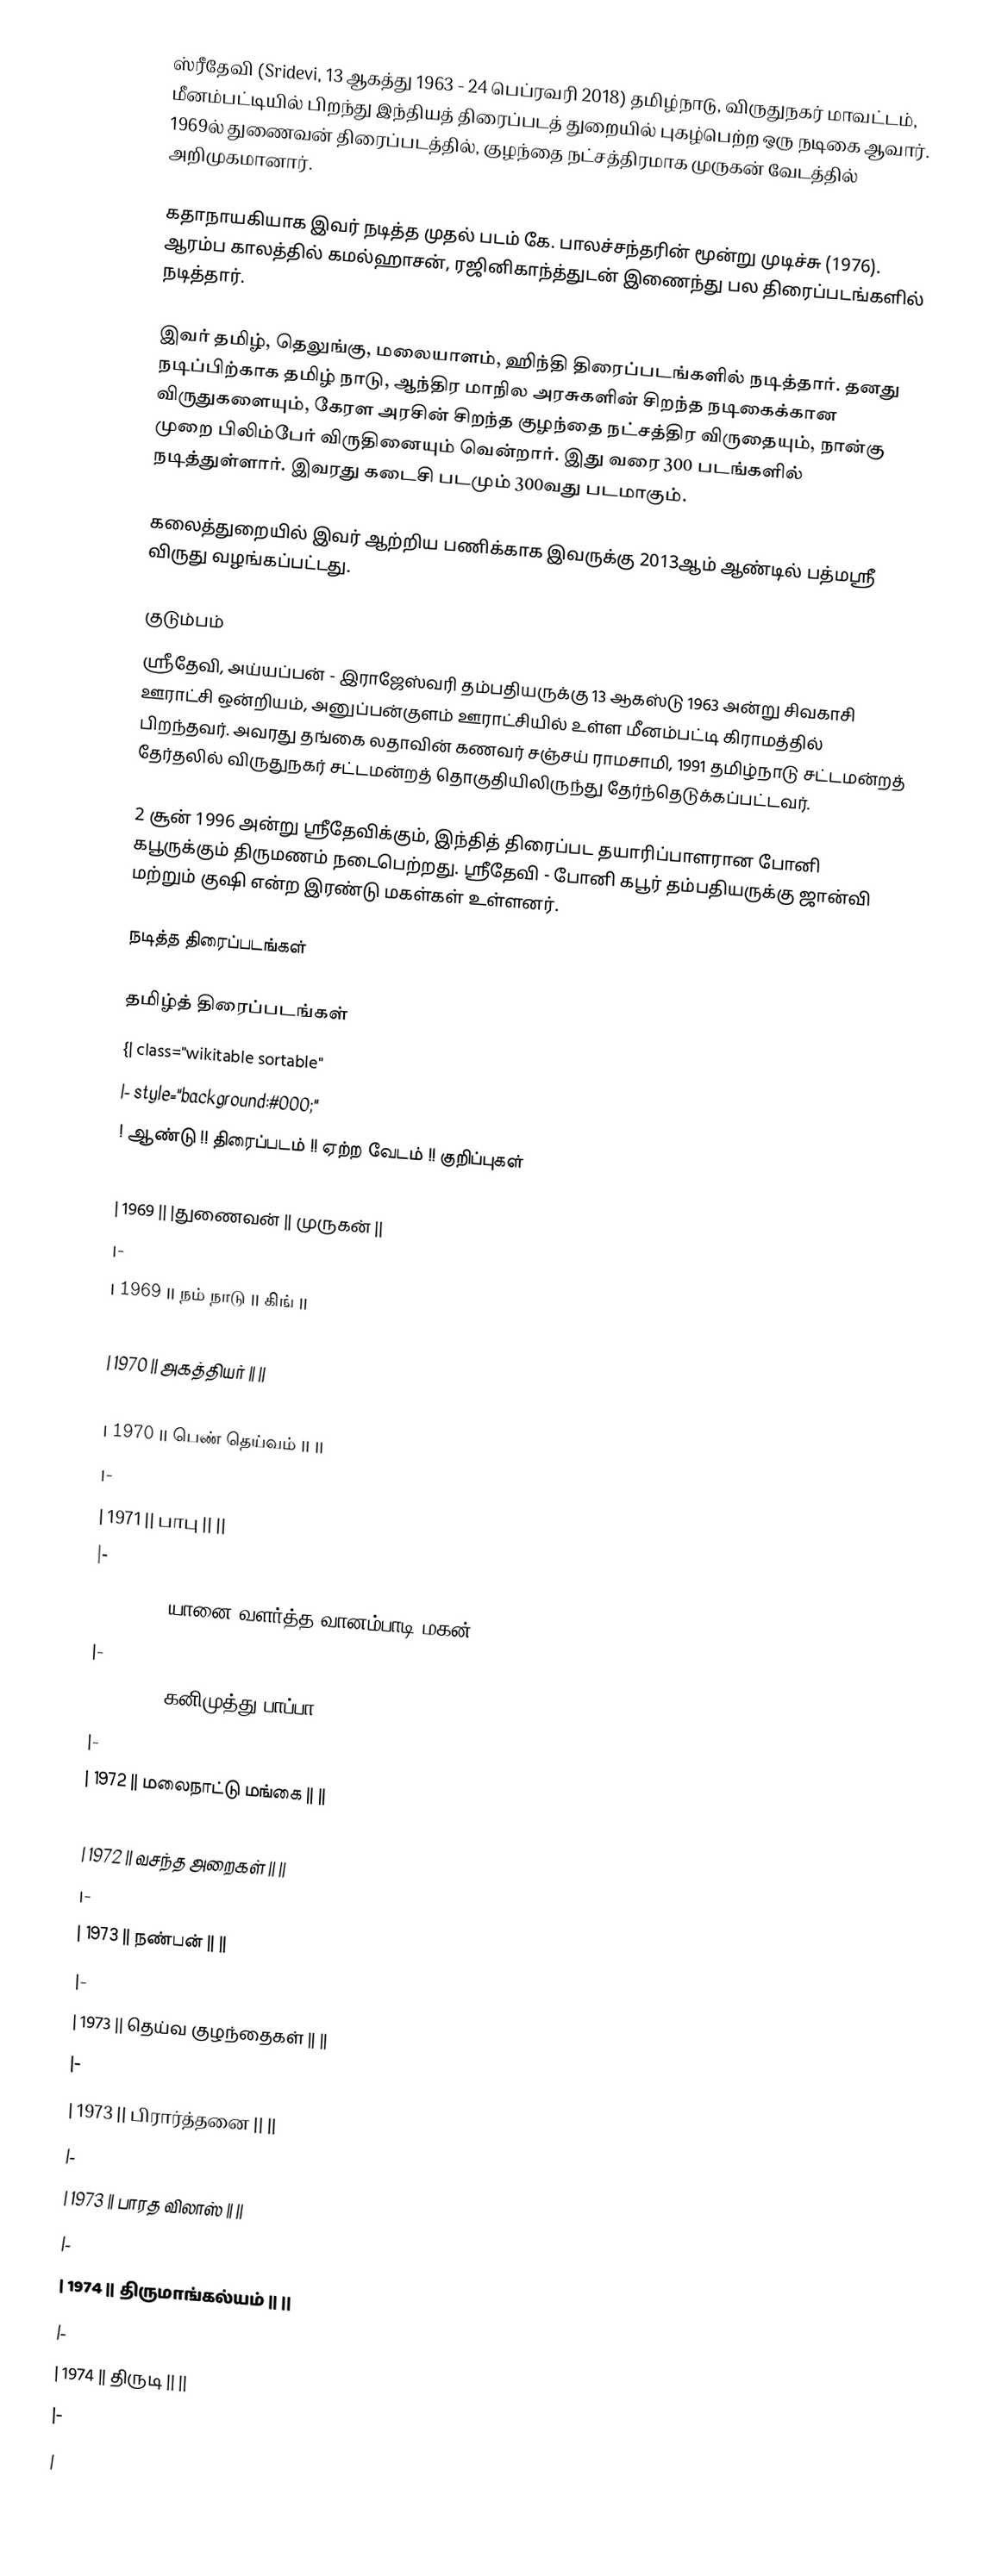
ஸ்ரீதேவி (Sridevi, 13 ஆகத்து 1963 - 24 பெப்ரவரி 2018) தமிழ்நாடு, விருதுநகர் மாவட்டம், மீனம்பட்டியில் பிறந்து இந்தியத் திரைப்படத் துறையில் புகழ்பெற்ற ஒரு நடிகை ஆவார். 1969ல் துணைவன் திரைப்படத்தில், குழந்தை நட்சத்திரமாக முருகன் வேடத்தில் அறிமுகமானார்.

கதாநாயகியாக இவர் நடித்த முதல் படம் கே. பாலச்சந்தரின் மூன்று முடிச்சு (1976). ஆரம்ப காலத்தில் கமல்ஹாசன், ரஜினிகாந்த்துடன் இணைந்து பல திரைப்படங்களில் நடித்தார்.

இவர் தமிழ், தெலுங்கு, மலையாளம், ஹிந்தி திரைப்படங்களில் நடித்தார். தனது நடிப்பிற்காக தமிழ் நாடு, ஆந்திர மாநில அரசுகளின் சிறந்த நடிகைக்கான விருதுகளையும், கேரள அரசின் சிறந்த குழந்தை நட்சத்திர விருதையும், நான்கு முறை பிலிம்பேர் விருதினையும் வென்றார். இது வரை 300 படங்களில் நடித்துள்ளார். இவரது  கடைசி படமும் 300வது படமாகும்.

கலைத்துறையில் இவர் ஆற்றிய பணிக்காக இவருக்கு 2013ஆம் ஆண்டில் பத்மஸ்ரீ விருது வழங்கப்பட்டது.

குடும்பம்
ஸ்ரீதேவி, அய்யப்பன் - இராஜேஸ்வரி தம்பதியருக்கு 13 ஆகஸ்டு 1963 அன்று சிவகாசி ஊராட்சி ஒன்றியம், அனுப்பன்குளம் ஊராட்சியில் உள்ள மீனம்பட்டி கிராமத்தில் பிறந்தவர். அவரது தங்கை லதாவின் கணவர் சஞ்சய் ராமசாமி, 1991 தமிழ்நாடு சட்டமன்றத் தேர்தலில் விருதுநகர் சட்டமன்றத் தொகுதியிலிருந்து தேர்ந்தெடுக்கப்பட்டவர்.

2 சூன் 1996 அன்று ஸ்ரீதேவிக்கும், இந்தித் திரைப்பட தயாரிப்பாளரான போனி கபூருக்கும் திருமணம் நடைபெற்றது. ஸ்ரீதேவி - போனி கபூர் தம்பதியருக்கு ஜான்வி மற்றும் குஷி என்ற இரண்டு மகள்கள் உள்ளனர்.

நடித்த திரைப்படங்கள்

தமிழ்த் திரைப்படங்கள்
{| class="wikitable sortable"
|- style="background:#000;"
! ஆண்டு !! திரைப்படம் !! ஏற்ற வேடம் !! குறிப்புகள்
|-
| 1969 ||   |துணைவன்  || முருகன் ||
|-
| 1969 ||  நம் நாடு  || கிங் ||
|-
| 1970 ||  அகத்தியர்  || ||
|-
| 1970 ||  பெண் தெய்வம்  || ||
|-
| 1971 ||  பாபு  || ||
|-
| 1971 ||  யானை வளர்த்த வானம்பாடி மகன்  || ||
|-
| 1972 ||  கனிமுத்து பாப்பா  || ||
|-
| 1972 ||  மலைநாட்டு மங்கை  || ||
|-
| 1972 ||  வசந்த அறைகள்  || ||
|-
| 1973 ||  நண்பன்  || ||
|-
| 1973 ||  தெய்வ குழந்தைகள்  || ||
|-
| 1973 || பிரார்த்தனை || ||
|-
| 1973 ||  பாரத விலாஸ்  || ||
|-
| 1974 ||  திருமாங்கல்யம்  || ||
|-
| 1974 ||  திருடி  || ||
|-
|